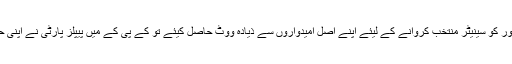
تحریک انصاف نے پنجاب میں چوہدری سرور کو سینیٹر منتخب کروانے کے لیئے اپنے اصل امیدواروں سے ذیادہ ووٹ حاصل کیئے تو کے پی کے میں پیپلز پارٹی نے اپنی حیثیت سے بڑھ کر سینیٹر منتخب کروا لیئے۔